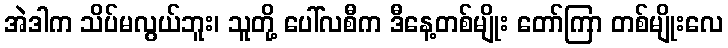
အဲဒါက သိပ်မလွယ်ဘူး၊ သူတို့ ပေါ်လစီက ဒီနေ့တစ်မျိုး တော်ကြာ တစ်မျိုးလေ